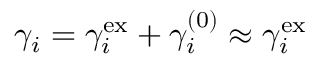
\gamma _ { i } = \gamma _ { i } ^ { \mathrm { e x } } + \gamma _ { i } ^ { ( 0 ) } \approx \gamma _ { i } ^ { \mathrm { e x } }